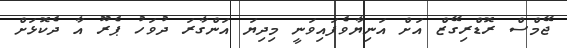
ޖޭމްސް ރޮޑްރިގޭޒް އަށް އަނިޔާވެފައިވަނީ މިދިޔަ އަންގާރަ ދުވަހު ޕެރޫ އާ ދެކޮޅަށް